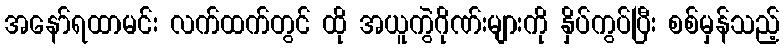
အနော်ရထာမင်း လက်ထက်တွင် ထို အယူကွဲဂိုဏ်းများကို နှိပ်ကွပ်ပြီး စစ်မှန်သည့်